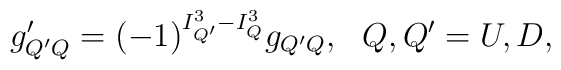
g'_{Q'Q}={(-1)}^{I^3_{Q'}-I^3_Q}g_{Q'Q}, \ \ Q,Q'=U,D,